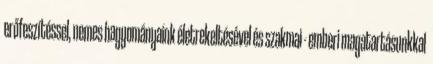
erőfeszítéssel, nemes hagyományaink életrekeltésével és szakmai - emberi magatartásunkkal